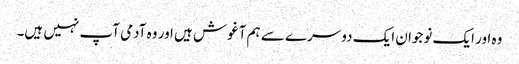
وہ اور ایک نوجوان ایک دوسرے سے ہم آغوش ہیں اور وہ آدمی آپ نہیں ہیں۔